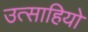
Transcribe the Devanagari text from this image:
उत्साहियो